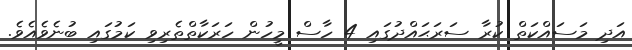
އަދި މަސައްކަތް ކުރާ ސަރަޙައްދުގައި 4 ހާސް މީހުން ހަރަކާތްތެރިވި ކަމުގައި ބުނެވެއެވެ.